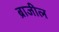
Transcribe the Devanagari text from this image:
ब्राजील